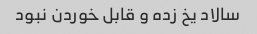
سالاد یخ زده و قابل خوردن نبود